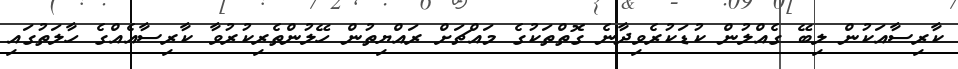
ކާރިސާއަކުން ލިބޭ ގެއްލުން ކުޑަކުރެވިދާނެ ގޮތްތަކުގެ މައްޗަށް ރައްޔިތުން ހޭލުންތެރިކުރުވާ ކާރިސާއެއްގެ ހާލަތުގައި